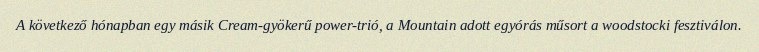
A következő hónapban egy másik Cream-gyökerű power-trió, a Mountain adott egyórás műsort a woodstocki fesztiválon.